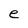
Character: e